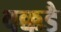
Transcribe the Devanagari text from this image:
वक्कडै